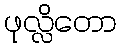
ဖုလ္လိတော